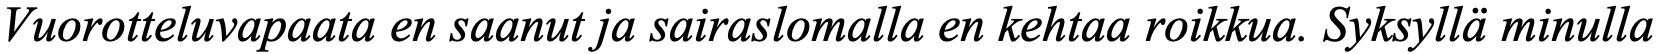
Vuorotteluvapaata en saanut ja sairaslomalla en kehtaa roikkua. Syksyllä minulla